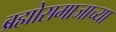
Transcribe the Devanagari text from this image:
ब्रह्मोसमाजाच्या